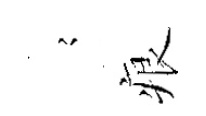
𡪹痕